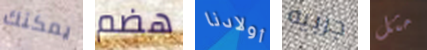
يمكنك هضم أولادنا جربيه مثل